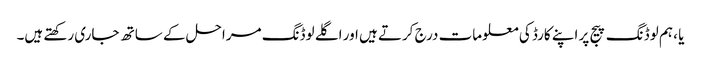
یا ، ہم لوڈنگ پیج پر اپنے کارڈ کی معلومات درج کرتے ہیں اور اگلے لوڈنگ مراحل کے ساتھ جاری رکھتے ہیں۔